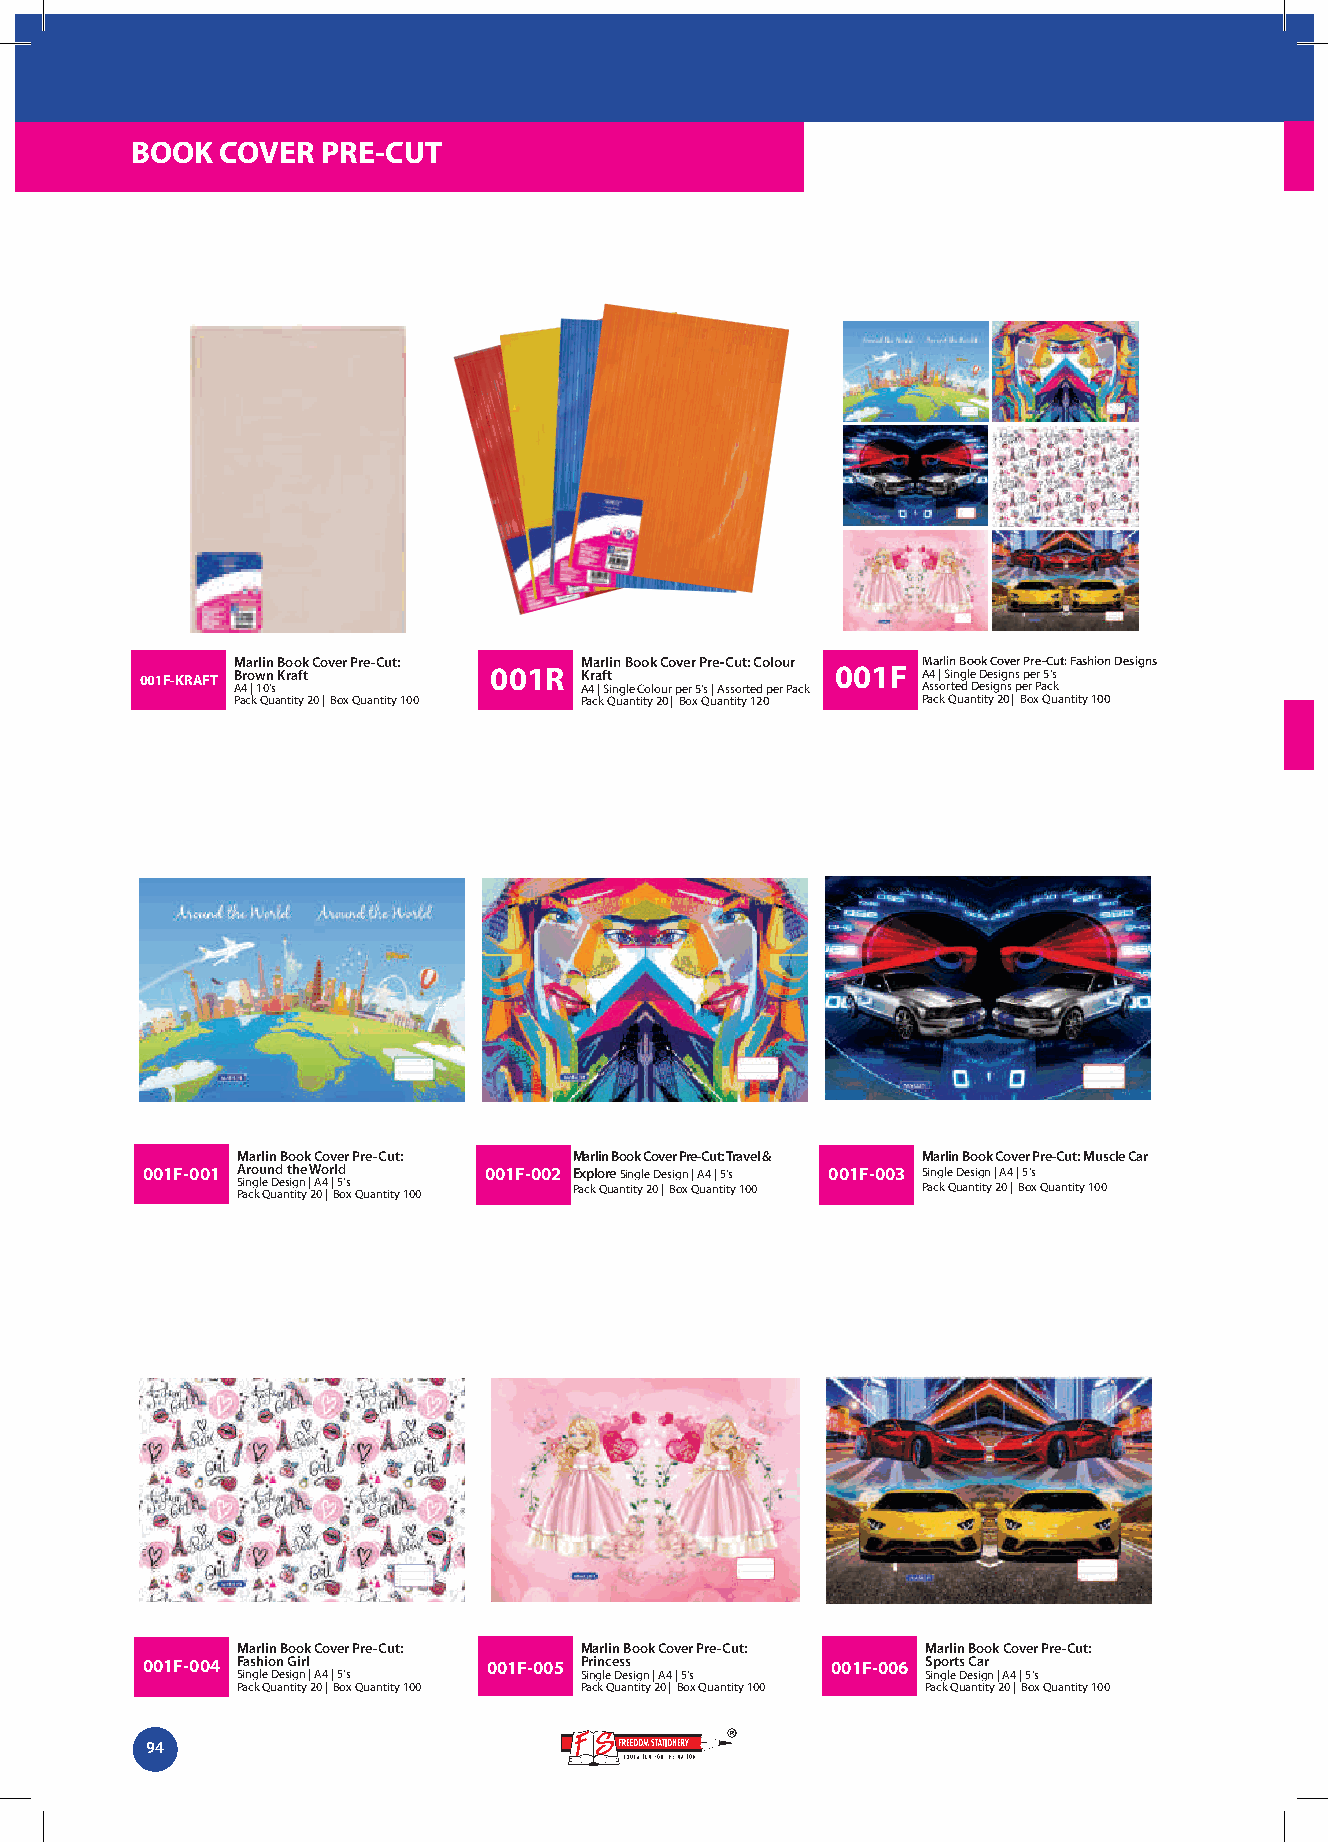
BOOK  COVER PRE-CUT
 Marlin Book Cover Pre-Cut: Marlin Book Cover Pre-Cut: Colour Marlin Book Cover Pre-Cut: Fashion Designs
 001F-KRAFT Brown Kraft 001R  Kraft            001F  A4 | Single Designs per 5’s
 A4 | 10's             A4 | Single Colour per 5’s | Assorted per Pack Assorted Designs per Pack
 Pack Quantity 20 | Box Quantity 100 Pack Quantity 20 | Box Quantity 120 Pack Quantity 20 | Box Quantity 100
 Marlin Book Cover Pre-Cut: Marlin Book Cover Pre-Cut: Travel & Marlin Book Cover Pre-Cut: Muscle Car
 001F-001 Around the World 001F-002 Explore Single Design | A4 | 5's 001F-003 Single Design | A4 | 5's
 S Pi an cg kl e Q D uae nsi tg itn y | 2 A 04 | | B 5 o's x Quantity 100 Pack Quantity 20 | Box Quantity 100 Pack Quantity 20 | Box Quantity 100
 Marlin Book Cover Pre-Cut: Marlin Book Cover Pre-Cut: Marlin Book Cover Pre-Cut:
 001F-004 Fashion Girl  001F-005 Princess      001F-006 Sports Car
 Single Design | A4 | 5's Single Design | A4 | 5's Single Design | A4 | 5's
 Pack Quantity 20 | Box Quantity 100 Pack Quantity 20 | Box Quantity 100 Pack Quantity 20 | Box Quantity 100
 94